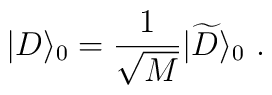
|D\rangle_0={1\over \sqrt{M}}|{\widetilde D}\rangle_0~.